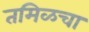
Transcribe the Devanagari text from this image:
तमिळचा